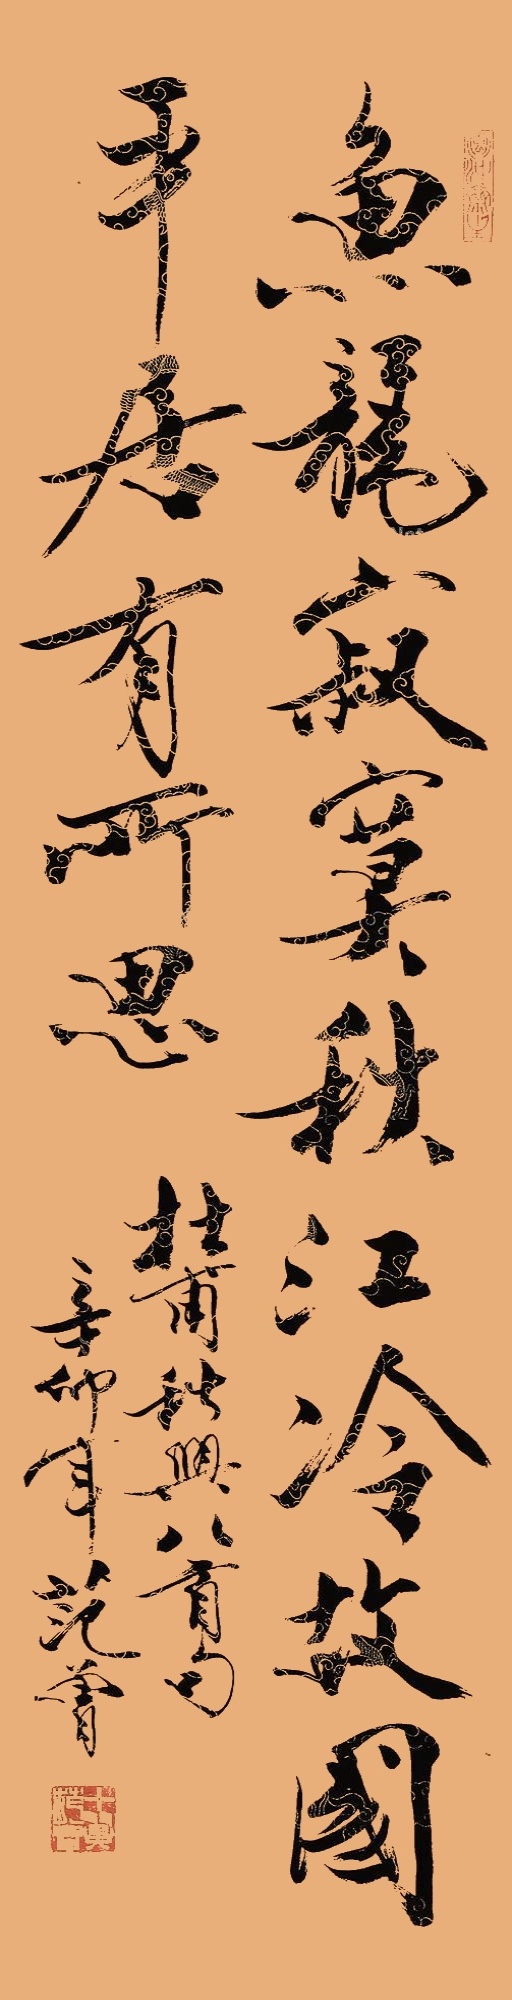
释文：鱼龙寂寞秋江冷，故国平居有所思。杜甫秋兴八首句。辛卯年，范曾。